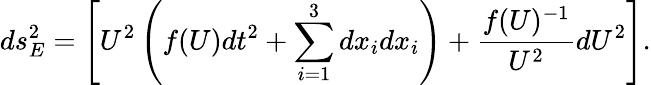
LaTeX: ds_{E}^{2}=\left[U^{2}\left(f(U)dt^{2}+\sum_{i=1}^{3}dx_{i}dx_{i}\right)+\frac{f(U)^{-1}}{U^{2}}dU^{2}\right].